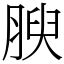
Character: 腴